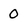
Character: O